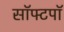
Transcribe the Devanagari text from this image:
सॉफ्टपॉ